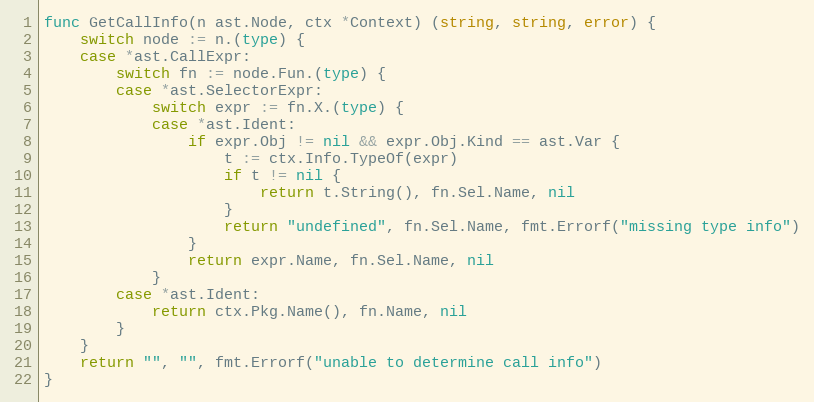
Language: Go
func GetCallInfo(n ast.Node, ctx *Context) (string, string, error) {
	switch node := n.(type) {
	case *ast.CallExpr:
		switch fn := node.Fun.(type) {
		case *ast.SelectorExpr:
			switch expr := fn.X.(type) {
			case *ast.Ident:
				if expr.Obj != nil && expr.Obj.Kind == ast.Var {
					t := ctx.Info.TypeOf(expr)
					if t != nil {
						return t.String(), fn.Sel.Name, nil
					}
					return "undefined", fn.Sel.Name, fmt.Errorf("missing type info")
				}
				return expr.Name, fn.Sel.Name, nil
			}
		case *ast.Ident:
			return ctx.Pkg.Name(), fn.Name, nil
		}
	}
	return "", "", fmt.Errorf("unable to determine call info")
}